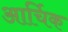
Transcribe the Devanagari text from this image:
आर्चिक